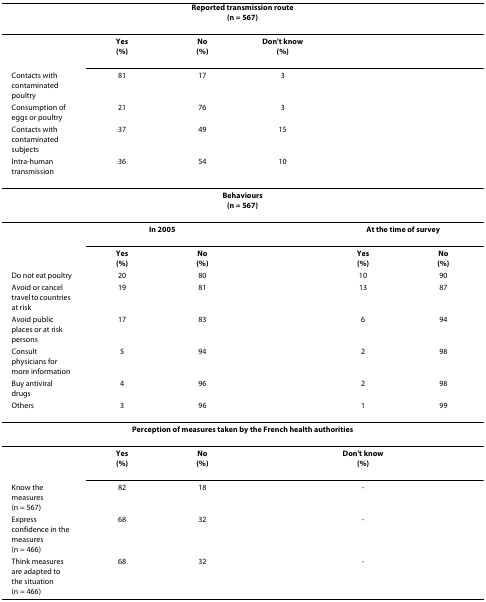
<table><thead><tr><td colspan="6"><b>Reported transmission route(n = 567)</b></td></tr></thead><tbody><tr><td></td><td><b>Yes</b><b>(%)</b></td><td><b>No</b><b>(%)</b></td><td><b>Don&#x27;t know</b><b>(%)</b></td><td></td><td></td></tr><tr><td>Contacts with contaminated poultry</td><td>81</td><td>17</td><td>3</td><td></td><td></td></tr><tr><td>Consumption of eggs or poultry</td><td>21</td><td>76</td><td>3</td><td></td><td></td></tr><tr><td>Contacts with contaminated subjects</td><td>37</td><td>49</td><td>15</td><td></td><td></td></tr><tr><td>Intra-human transmission</td><td>36</td><td>54</td><td>10</td><td></td><td></td></tr><tr><td colspan="6"><b>Behaviours</b><b>(n = 567)</b></td></tr><tr><td></td><td colspan="2"><b>In 2005</b></td><td></td><td colspan="2"><b>At the time of survey</b></td></tr><tr><td></td><td><b>Yes</b><b>(%)</b></td><td><b>No</b><b>(%)</b></td><td></td><td><b>Yes</b><b>(%)</b></td><td><b>No</b><b>(%)</b></td></tr><tr><td>Do not eat poultry</td><td>20</td><td>80</td><td></td><td>10</td><td>90</td></tr><tr><td>Avoid or cancel travel to countries at risk</td><td>19</td><td>81</td><td></td><td>13</td><td>87</td></tr><tr><td>Avoid public places or at risk persons</td><td>17</td><td>83</td><td></td><td>6</td><td>94</td></tr><tr><td>Consult physicians for more information</td><td>5</td><td>94</td><td></td><td>2</td><td>98</td></tr><tr><td>Buy antiviral drugs</td><td>4</td><td>96</td><td></td><td>2</td><td>98</td></tr><tr><td>Others</td><td>3</td><td>96</td><td></td><td>1</td><td>99</td></tr><tr><td colspan="6"><b>Perception of measures taken by the French health authorities</b></td></tr><tr><td></td><td><b>Yes</b><b>(%)</b></td><td><b>No</b><b>(%)</b></td><td colspan="3"><b>Don&#x27;t know</b><b>(%)</b></td></tr><tr><td>Know the measures (n = 567)</td><td>82</td><td>18</td><td></td><td>-</td><td></td></tr><tr><td>Express confidence in the measures (n = 466)</td><td>68</td><td>32</td><td></td><td>-</td><td></td></tr><tr><td>Think measures are adapted to the situation (n = 466)</td><td>68</td><td>32</td><td></td><td>-</td><td></td></tr></tbody></table>